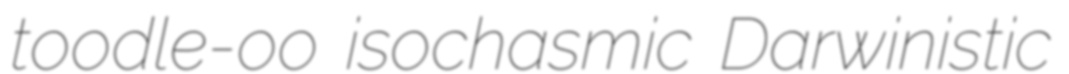
toodle-oo isochasmic Darwinistic